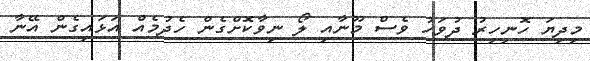
މިދިޔަ ހޮނިހިރު ދުވަހު ވެސް މޫނާއި ލޯ ނިވާކޮށްގެން ހެދުމެއް އަޅައިގެން އޭނާ